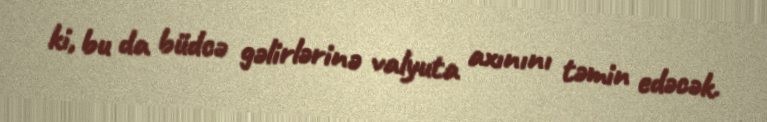
ki, bu da büdcə gəlirlərinə valyuta axınını təmin edəcək.